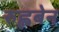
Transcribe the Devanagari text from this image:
रुह्लबेन